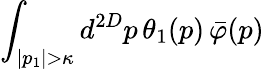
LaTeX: \int_{|p_{1}|>\kappa}d^{2D}p\, \theta_{1}(p)\, \bar{\varphi}(p)